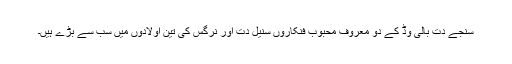
سنجے دت بالی وڈ کے دو معروف محبوب فنکاروں سنیل دت اور نرگس کی تین اولادوں میں سب سے بڑے ہیں۔